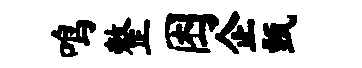
鸣整困企甄